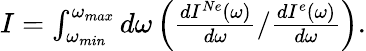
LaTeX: \begin{array}{r}{I=\int_{\omega_{min}}^{\omega_{max}}d\omega\left(\frac{dI^{Ne}(\omega)}{d\omega}/\frac{dI^{e}(\omega)}{d\omega}\right).}\end{array}